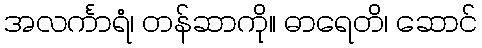
အလင်္ကာရံ၊ တန်ဆာကို။ ဓာရေတိ၊ ဆောင်